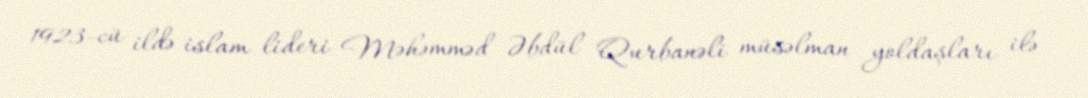
1923-cü ildə islam lideri Məhəmməd Əbdül Qurbanəli müsəlman yoldaşları ilə